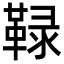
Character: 䩮